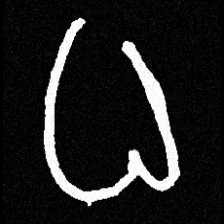
Pyu character \u2014 Myanmar letter: ဓ (romanized: dha)